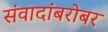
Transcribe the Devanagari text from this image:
संवादांबरोबर